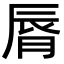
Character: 脣